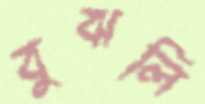
বুঝলি